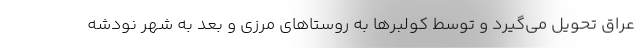
عراق تحويل مي‌گيرد و توسط كولبرها به روستاهاي مرزي و بعد به شهر نودشه